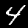
Label: 4